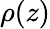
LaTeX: \rho(z)